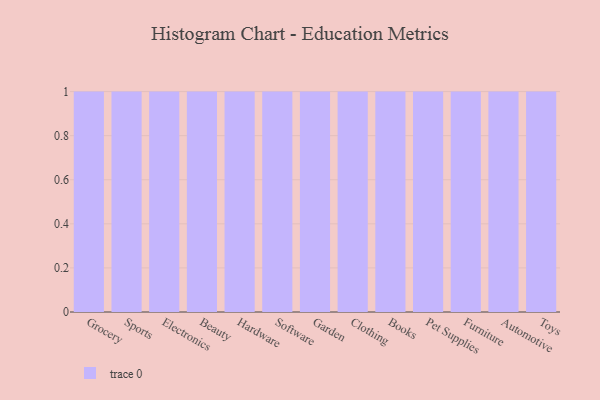
{"axis": {"x": "Category", "y": "Inventory Turnover"}, "legend": [""], "data": [{"x": "Grocery", "y": 32, "type": ""}, {"x": "Sports", "y": 8, "type": ""}, {"x": "Electronics", "y": 19, "type": ""}, {"x": "Beauty", "y": 47, "type": ""}, {"x": "Hardware", "y": 64, "type": ""}, {"x": "Software", "y": 97, "type": ""}, {"x": "Garden", "y": 68, "type": ""}, {"x": "Clothing", "y": 22, "type": ""}, {"x": "Books", "y": 48, "type": ""}, {"x": "Pet Supplies", "y": 2, "type": ""}, {"x": "Furniture", "y": 25, "type": ""}, {"x": "Automotive", "y": 84, "type": ""}, {"x": "Toys", "y": 94, "type": ""}]}